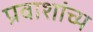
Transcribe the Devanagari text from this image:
प्रवाशांच्य